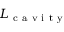
L _ { \mathrm { ~ c ~ a ~ v ~ i ~ t ~ y ~ } }